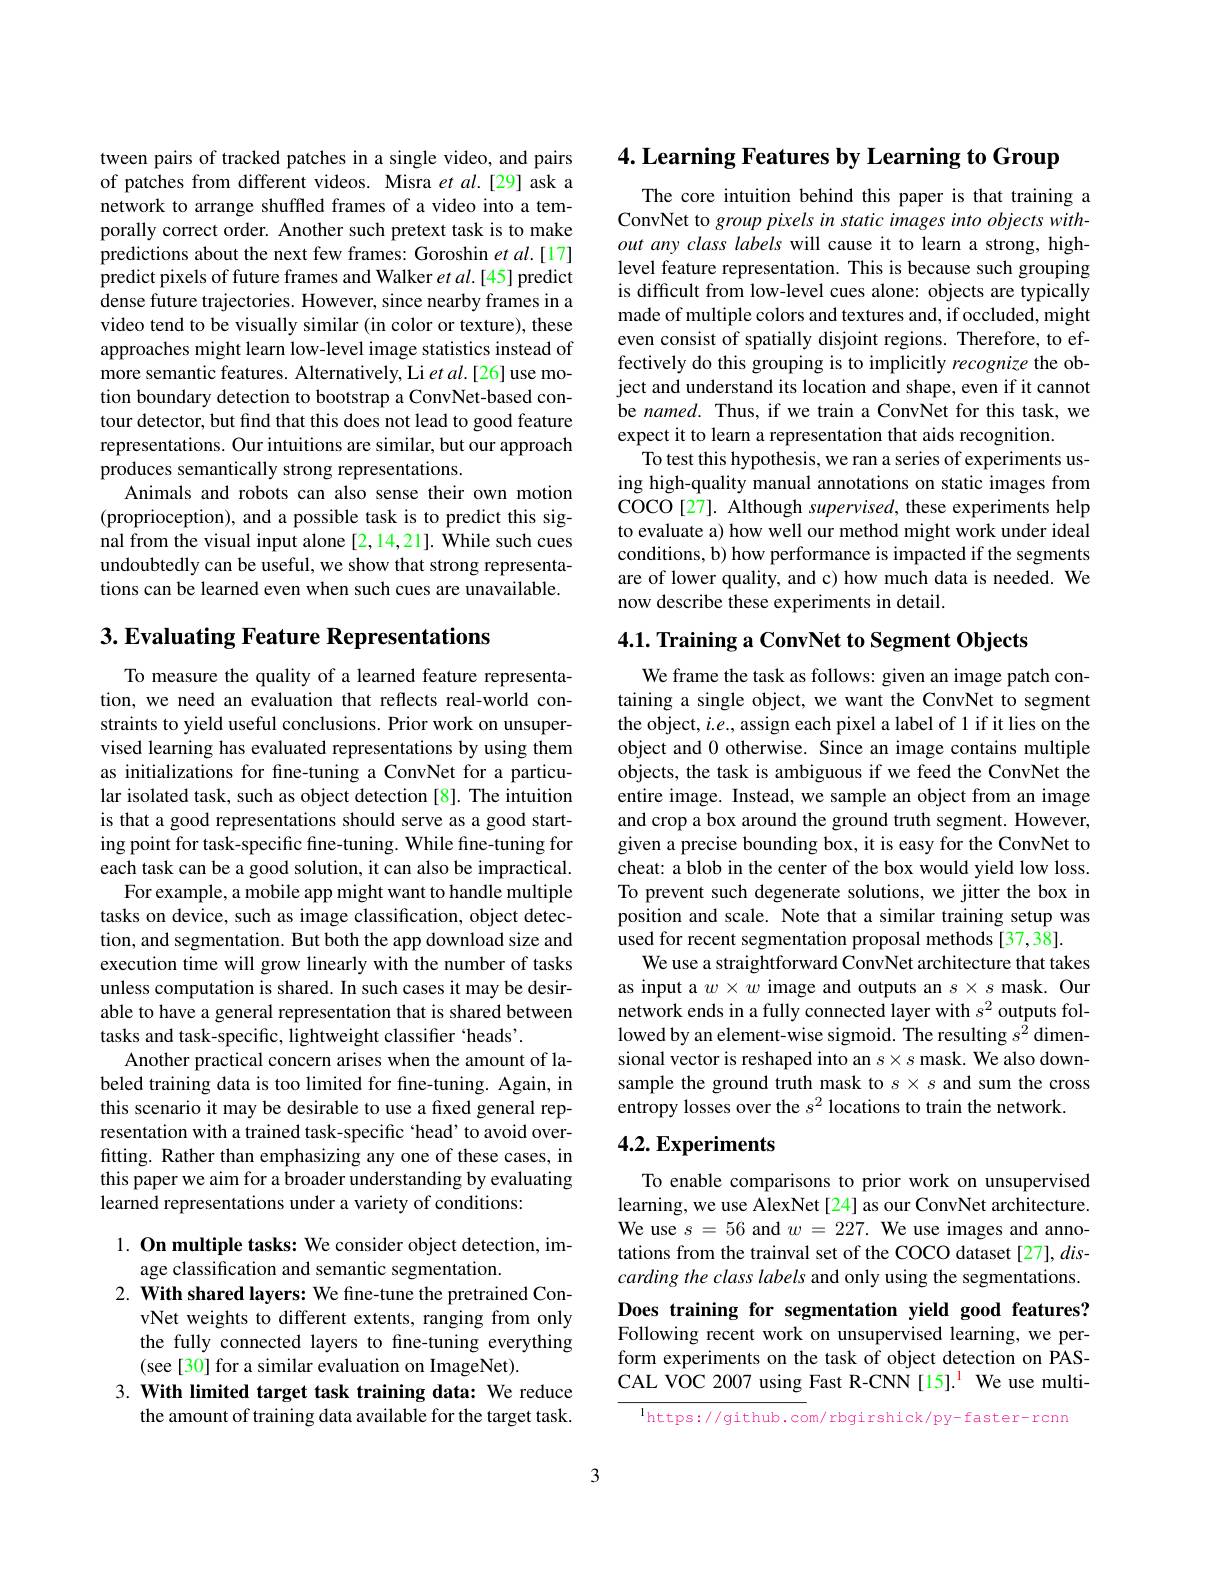
tween pairs of tracked patches in a single video, and pairs of patches from different videos. Misra $et$ al.[29] ask a network to arrange shuffled frames of a video into a temporally correct order. Another such pretext task is to make predictions about the next few frames: Goroshin et al.[17] predict pixels of future frames and Walker $et$ al.[45] predict dense future trajectories. However, since nearby frames in a video tend to be visually similar (in color or texture), these approaches might learn low-level image statistics instead of more semantic features. Alternatively, Li $etal.[26]$use motion boundary detection to bootstrap a ConvNet-based contour detector, but find that this does not lead to good feature representations. Our intuitions are similar, but our approach produces semantically strong representations.
Animals and robots can also sense their own motion (proprioception), and a possible task is to predict this signal from the visual input alone [2,14,21]. While such cues undoubtedly can be useful, we show that strong representations can be learned even when such cues are unavailable.

$3. \textbf{Evaluating Feature Representations}$

To measure the quality of a learned feature representation, we need an evaluation that reflects real-world constraints to yield useful conclusions. Prior work on unsupervised learning has evaluated representations by using them as initializations for fine-tuning a ConvNet for a particular isolated task, such as object detection [8]. The intuition is that a good representations should serve as a good starting point for task-specific fine-tuning. While fine-tuning for each task can be a good solution, it can also be impractical.
For example, a mobile app might want to handle multiple tasks on device, such as image classification, object detection, and segmentation. But both the app download size and execution time will grow linearly with the number of tasks unless computation is shared. In such cases it may be desirable to have a general representation that is shared between tasks and task-specific, lightweight classifier `heads'.
Another practical concern arises when the amount of labeled training data is too limited for fine-tuning. Again, in this scenario it may be desirable to use a fixed general representation with a trained task-specific 'head’ to avoid overfitting. Rather than emphasizing any one of these cases, in this paper we aim for a broader understanding by evaluating learned representations under a variety of conditions:

1. On multiple tasks: We consider object detection, im-
age classification and semantic segmentation.
2. With shared layers: We fine-tune the pretrained Con-
vNet weights to different extents, ranging from only the fully connected layers to fine-tuning everything (see[30] for a similar evaluation on ImageNet).
3. With limited target task training data: We reduce
the amount of training data available for the target task.

4. Learning Features by Learning to Group

The core intuition behind this paper is that training a ConvNet to group pixels in static images into objects without any class labels will cause it to learn a strong, highlevel feature representation. This is because such grouping is difficult from low-level cues alone: objects are typically made of multiple colors and textures and, if occluded, might even consist of spatially disjoint regions. Therefore, to effectively do this grouping is to implicitly recognize the object and understand its location and shape, even if it cannot be named. Thus, if we train a ConvNet for this task, we expect it to learn a representation that aids recognition.
To test this hypothesis, we ran a series of experiments using high-quality manual annotations on static images from COCO[27]. Although supervised, these experiments help to evaluate a) how well our method might work under ideal conditions, b) how performance is impacted if the segments are of lower quality, and c) how much data is needed. We now describe these experiments in detail.

4.1. Training a ConvNet to Segment Objects

We frame the task as follows: given an image patch containing a single object, we want the ConvNet to segment the object, $i.e.$, assign each pixel a label of 1 if it lies on the object and 0 otherwise. Since an image contains multiple objects, the task is ambiguous if we feed the ConvNet the entire image. Instead, we sample an object from an image and crop a box around the ground truth segment. However, given a precise bounding box, it is easy for the ConvNet to cheat: a blob in the center of the box would yield low loss. To prevent such degenerate solutions, we jitter the box in position and scale. Note that a similar training setup was used for recent segmentation proposal methods [37,38].
We use a straightforward ConvNet architecture that takes as input a $w\times w$ image and outputs an $s\times s$ mask. Our network ends in a fully connected layer with $s^2$ outputs followed by an element-wise sigmoid. The resulting $s^{\bar{2}}$ dimensional vector is reshaped into an $s\times s$ mask. We also downsample the ground truth mask to $s\times s$ and sum the cross entropy losses over the $s^2$ locations to train the network.

## $4. 2. \textbf{Experiments}$

To enable comparisons to prior work on unsupervised learning, we use AlexNet[24] as our ConvNet architecture. We use $s=56$ and $w=227.$ We use images and annotations from the trainval set of the COCO dataset [27], discarding the class labels and only using the segmentations. Does training for segmentation yield good features?

Following recent work on unsupervised learning, we perform experiments on the task of object detection on PASCAL VOC 2007 using Fast R-CNN [15].$^{1}$ We use multi-

$^{\mathrm{l} }$https: / / github. com/ rbgirshick/ py- faster- rcnn

3